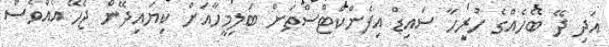
އަދި ދޭ ބޭހެއްގެ ހުރިހާ ސައިޑް އިފެންކްޓްސްތަށް ބަލިމީހާއަށް ކިޔައިދޭން ޖެހޭ އެއްވެސް